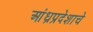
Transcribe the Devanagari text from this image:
आंध्रप्रदेशाचे